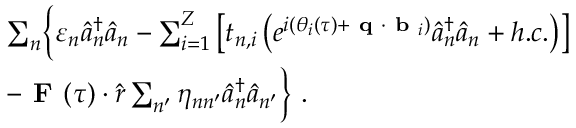
\begin{array} { r l } & { \sum _ { n } \biggl \{ \varepsilon _ { n } \hat { a } _ { n } ^ { \dagger } \hat { a } _ { n } - \sum _ { i = 1 } ^ { Z } \left[ t _ { n , i } \left( e ^ { i ( \theta _ { i } ( \tau ) + \textbf { q } \cdot \textbf { b } _ { i } ) } \hat { a } _ { n } ^ { \dagger } \hat { a } _ { n } + h . c . \right) \right] } \\ & { - \textbf { F } ( \tau ) \cdot \hat { r } \sum _ { n ^ { \prime } } \eta _ { n n ^ { \prime } } \hat { a } _ { n } ^ { \dagger } \hat { a } _ { n ^ { \prime } } \biggl \} ~ . } \end{array}